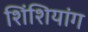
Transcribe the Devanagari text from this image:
शिंशियांग